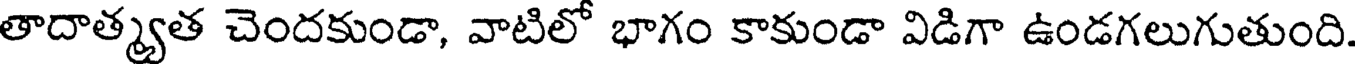
తాదాత్మ్యత చెందకుండా, వాటిలో భాగం కాకుండా విడిగా ఉండగలుగుతుంది.